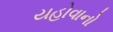
યહોવાનો